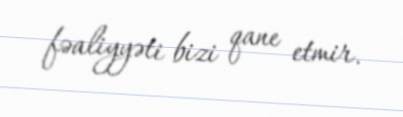
fəaliyyəti bizi qane etmir.